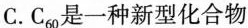
C.C_{60}是一种新型化合物